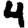
Digit: 4